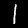
Label: 1